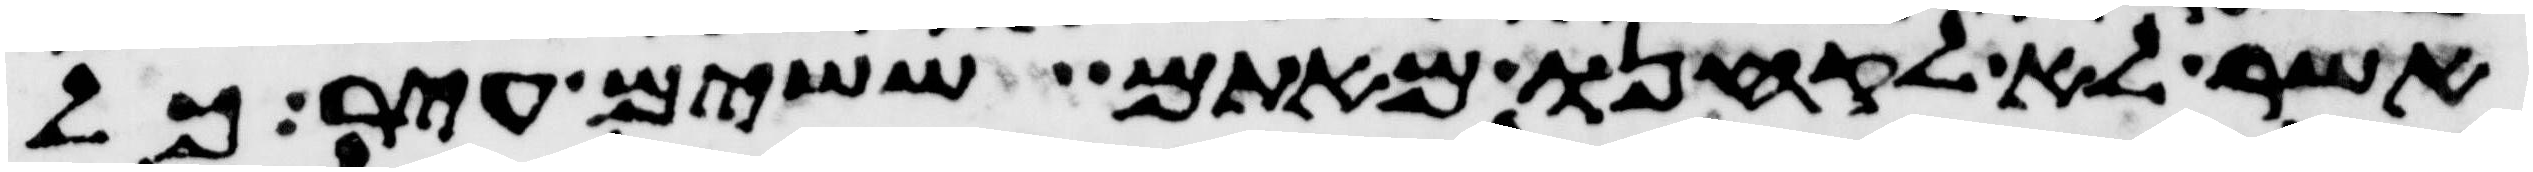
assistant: אשר לא לקחנו מאתם ששים עיר כל